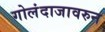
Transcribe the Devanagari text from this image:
गोलंदाजावरुन